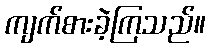
ကျက်စားခဲ့ကြသည်။